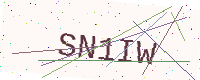
Text: SN1IW